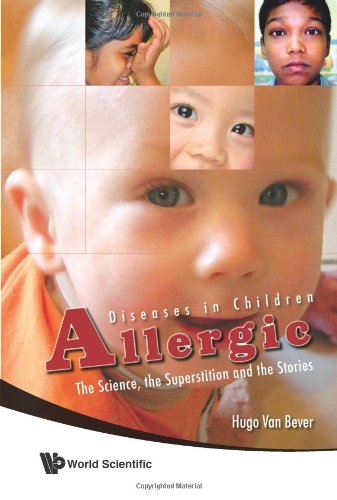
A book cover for Allergic Diseases in Children: The Sciences, the Superstition and the Stories; Hugo Van Bever; Health, Fitness & Dieting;